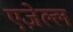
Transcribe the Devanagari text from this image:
एज़ेल्ल